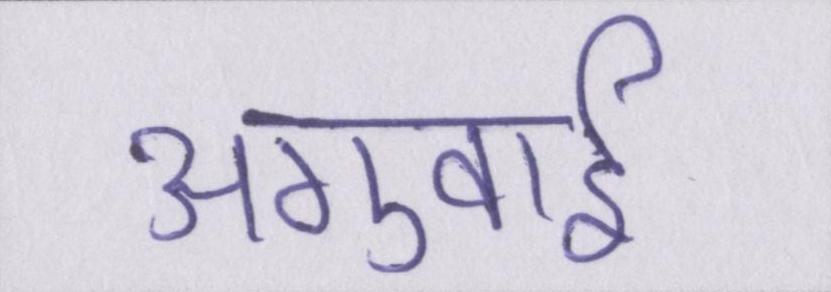
अगुवाई